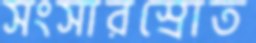
সংসারস্রোত